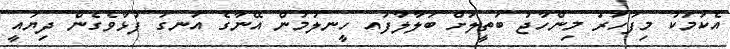
އެކަމަކު މިފަހަރު މިންހާޖު ބަތީލަށް ބަލާލާފައ ހީނލުމުން އޭނާގެ އަނގަ ފުޅާވެގެން ދިޔައީ